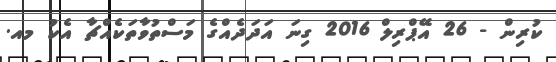
ކުރިން - 26 އޭޕްރިލް 2016 ގިނަ އަދަދެއްގެ މަސްތުވާތަކެއްޗާ އެކު މއ.